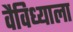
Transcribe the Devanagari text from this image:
वैविध्याला